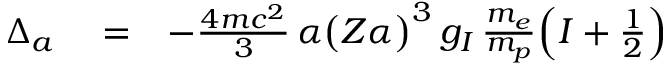
\begin{array} { r l r } { \Delta _ { a } } & { { } = } & { - \frac { 4 m c ^ { 2 } } { 3 } \, \alpha \big ( Z \alpha \big ) ^ { 3 } \, g _ { I } \, \frac { m _ { e } } { m _ { p } } \Big ( I + \frac { 1 } { 2 } \Big ) } \end{array}